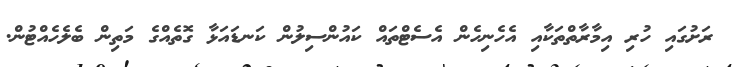
ރަށުގައި ހުރި އިމާރާތްތަކާއި އެހެނިހެން އެސެޓްތައް ކައުންސިލުން ކަނޑައަޅާ ގޮތެއްގެ މަތިން ބެލެހެއްޓުން.